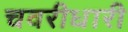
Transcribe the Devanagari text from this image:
चवरीधारी